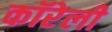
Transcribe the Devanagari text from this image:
कॉरेली